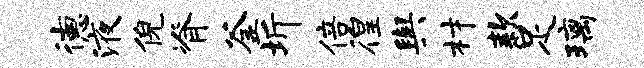
德液倪脊釜圻倍徨舆材款足璃